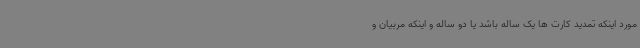
مورد اینکه تمدید کارت ها یک ساله باشد یا دو ساله و اینکه مربیان و